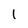
Character: l